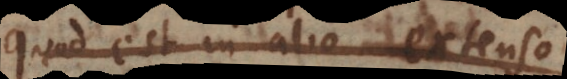
quod est in alio extenso